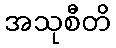
အသုစီတိ